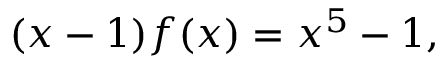
( x - 1 ) f ( x ) = x ^ { 5 } - 1 ,